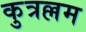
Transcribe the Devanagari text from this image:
कुत्रल्लम